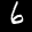
Label: 6